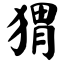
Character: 猬